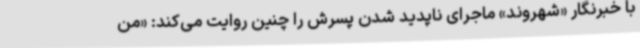
با خبرنگار «شهروند» ماجرای ناپدید شدن پسرش را چنین روایت می‌کند: «من